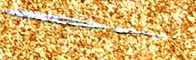
Open 24 Hours